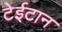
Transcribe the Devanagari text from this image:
टेईटान